Bombay plague: being a history of the progress of plague in the Bombay presidency from September 1896 to June 1899
Year: 1896
Disease focus: Plague
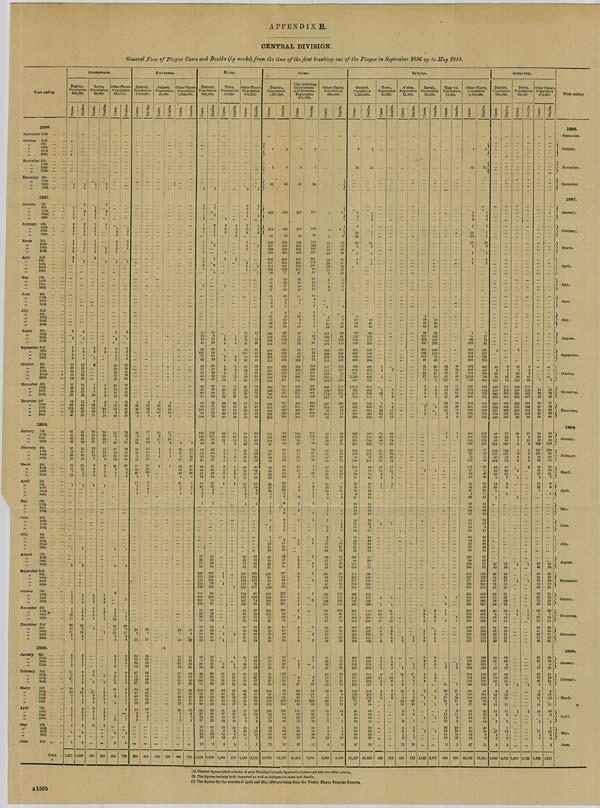
APPENDIX B.
CENTRAL DIVISION.
General View of Plague Cases and Deaths (by weeks) from the time of the first breaking out of the Plague in September 1896 up to May 1899.
Week ending
1896.
September 25th
October 2nd
"
9th
" 16th
"
23rd
"
30th
November 6th
"
13th
"
20th
"
27th
December 4th
"
11th
"
18th
"
25th
1897.
January 1st
" 8th
"
15th
"
22nd
" 29th
February 5th
"
12th
" 19th
"
26th
March 5th
"
12th
"
19th
"
26th
April 2nd
" 9th
" 16th
" 23rd
" 30th
May
7th
" 14th
" 21st " 28th
June
4th
"
11th
"
18th
" 25th
July
2nd
" 9th
"
16th
"
23rd
"
30th
Angus 6th
"
13th
"
20th
"
27th
September 3rd
"
10th
" 17th
" 24th
October 1st
"
8th
"
16th
"
22nd
"
29th
November 5th
" 12th
" 19th
"
26th
December 3rd
"
10th
"
17th
"
24th
"
31st
1898.
January 7th
"
28th
February 4th
March 4th
"
11th
"
18th
April
1st
"
8th
" 15th
May
6th
" 13th
"
20th
"
27th
June
3rd
"
10th
" 17th
"
24th
July 1st
"
8th
"
15th
"
22nd
" 29th
August 5th
"
12th
"
19th "26th
September 2nd
" 9th
" 16th
" 30th
October 7th
" 14 th
"
21st
"
28th
November 4th
"
11th
"
18th
"
25th
December 2nd
"
9th
"
16th
"
30th
1899.
January 6th
"
20th
"
27th
February 3rd
"
10th
"
17th
"
24th
March 3rd
"
10th
"
17th
"
24th
"
3lst
April
7th
"
14th
"
21st
"
28th
May
5th
June
2nd
Total
AHMEDNAGAR.
District.
Population
888,755.
Cases.
5
1
1
1
1
1
3 4
4
7
4
7 4
2
2
1
2
1
7
8
6
8
15
28 22
53
39
31
36
38
52
14
82
112 46 41
61
57 42
46
37 40
36 23
45 14
7
10
1
1
3
4
3 2
2
4
3
13
15
26 13
21
8 4
8
3
7
8
11
9
11
7
10
16 5
3
2
5 4
2 4
2
6
2
1, 355
1
2
1
2 1
3
2
3
6
3
3
2
1
2
2
1
5
6 4
4
12
18
18
28 30
28 18
23
29
19
54
90
38
36
45
55
41
38
34
30
33
21
35
13 5
7
2
1
3
2
4
3
1
3
6
6
22 9
18 8
4
2 2
5
7
9
8 5
5
9
10 4 4 2
3
3 3
2
2
5
2
1,036
Town.
Population 36,000.
5
1
1
1
1
1
3
3 1
1
1
1
2
1
2
4
3
1
2
1
5
5
10
7
12
34
16
21
30
42
37
21
10
21 15
7
4
6
3
3
1
3 2 2
3
2
2 1
1
2
3
5
11 3 3
1
2
4 1
2
2
401
1
2
1
2 1
3 1
1
1
1
3
3
1
3 3
8
6
8
29
12
18
20
39
36 17
11
18
13
8
2
7 2
3
2
2
2
3
1
2 1
1
1
5
3
1
6 3 3
1
1
3
2
1
2
330
Other Places.
Population
852,755.
1
3
6
3 6
2 1
1
2
1
3
5 6
7
13
28
53 39
30
31
33 42
7
70
78 3
20
31
15 5
25
27
19
21
16
41 8 4
7
1
3
1 1
11
14
26 12
21 8
4
8 3
7
8
9
6
11 2
10 5
2
1
1
2
6
2
954
1
3
6
3
3 1
1
2
1
2
3 4
4
12
18 18
28
30
27
15
20
21
13
46 61
26
18
25 16 5
21
23 12
20
13
33 6
3
4
1
3
2
1
5
5
22 9
17 8
4
2
2
5
7
9
3
5 2
8 4 1
1
1
2
1
1
5
2
706
KHA'NDESH.
District.
Population
1,460,851.
5
20
16
16
6
16 8
15
10
22 18
9
27
34
28
40
4
17 5
1 4
24
1
35
23
22
62
16
87
11 53
57
74 47
40
28
58
24
4
5
2
994
4
12 18 10
8
17
7
12 10
15
16
11
21
31
23
30 5
8 3
3 2
20 1
27
15
21
44
23
66 14
49
39
56 43
35
25
29
13 9 5
1
801
Jalgaon.
Population
16,000.
5
20
16
16
6
16 8
1
1 1
1
113
4
12 18
10
17
7
12
8
1
1
1
1
100
Other Places.
Population 1,444,851.
3
21
17 8
27
33
28 40
4
17
1
4
24 1
35
23
22
62
16
11
53
57
74
47 40
28
58
24 4 5
2
881
2
14
15
10
21
30
23 30
5
8
20 1
15
21
44
23
14
49
39
56 43
25 29
13 9 5
1
701
District.
Population 843,582.
3
2
8
1
1
2
4
9
7
1 1
1
1
1 2
3 1
1
15
13
45
80
107
77
69
42
40
46
42
96
57
60
100
94
104
127
130
93
56
50
54
39
48
66
80
58
20
15
3
3 1
1
27
23
91
107
175
114
148
102
41 88
30
32
33
54
39
15 9
30
53
52
100 74
103 81
87 69
68
31 24
27
20
34
24 19
10
5,159
3
1
7
2
4 5
7 1
2
1
2
1
12 8
11
30
66
94
64
49
38 42 36
42
28
42
26
58
60
39
51
71 74
74
105
113
75
53
36 44
35
42
47
64
50
16
17
4 2
1
10 16
71
103
118
124
79
112
91
38 26
25
34
21
34
44 41
34
19
10 27
41
38 79
66
86 72
65
53
59
31 21
23
16 21
23 14
9
3,968
Town.
Population
24,429.
2
2
6
3
1
1
1
2
4
4
12
12
20
33
40
43 45
49
32 18
7
5
5
4
4
3 6
8
3
1
1 1
1
1
4
1
4
14
10
22
38
34
38
40
53
54
51
17
24
10
8
13
14
9
1,020
2
3
3
1
1
4
3
11
10
10
37
34
34
45
32
9
3
3
4
1
5
3
2
1
1
4
9
12
31
27
37
17
20
10
6 9
13
8
810
Other Places
Population
819,153.
3
2 8
1 1
2
4
1
1
1
2
3 1
41
65
26
28
24
59
78
98
49
45
49
35
44
50
17
3
3
1
27
91
106
176 113
148
102
41
32
50
38
15
26
39
78
36
69
15
17
14
3
10
26 11
5
1
4,139
3
1
2
2
2
4
2
2
1
12
26
94
46
36
17
32
16 33
23
40
40
60
81 63
44
33
39
32
38
46
59 47
14
16
4 2
10
16
71
103
118
124
79
111
91
38 26
25
34
21
40 41
34
18
10
23
32
27
67
35
59
24
16
13
14
3
6
15 14
1
1
3, 158
District.
Population
1,067,800.
1
41
220
174
91
169
257
339
370
322
307
214
133 96
45
24
17
11
4
4 4
4
3
47
166
292
291
248
253
350
439
454
652
642
624 496
282
207
153
97
68
67
36
32
30
26
6
7
2
3
2
6
13
11
26
31
51
55
46
110
177
138
57
20
42
18
39
42
27
60
105
112
89
79
54
70
92
75
16,978
6
34
169
142
73
135
207
212 235
218
201
161 106
77
36
22
17
12
10
4
3
3
6
13
33
95
114
161
159
175
193
232
481
643
511
587
520
517
465
429 328 236
160
142
124
80
47
57
52
28
22
28 38
23
10 16
19 4
3
6
2 6
6
2
1
3
10
18
47
39
50
97
72
49
36
79
115
131
109 90
62 56
51 19
16
33 38
15
16
30
31
13 20
43
70 59
213 102
105 67
63
51
62 49
79
57
12, 867
City including
Cantonment
and Suburbs.
Population 161,390.
6
41
217
170
85
146
233
311
346
299
281 195
124
87
39 20
20
13
11
4
3
19
13
22
100
510
650
524
611
525
408
285 190
148
116 98
69
52
51 35
17
10 11
4
6
7
8
3
2
1
1
1
3
3
2
1
2
3
1
1
1
4 9
37
79
99
111 83
72
51 80
64
80
67
10,638
6
34
167
136
67
113
184 192
217
197 176 148 95
67
31 20 14
10
10
4 1
1
3
3 5 4
5
7
12 9
12
12 15
41 74
110
143 191
281
365
460
393
436
433
394
383
350
250
167
114
114
77
56
32 41
25 16
7 6
10
3
5
5 1
1
1
1
1
1
1
2
2
2
2
2
1 1
1
2 6
30
54 53
195 89
91 63
58
50 59
46 69
51
8,064
Other Places.
Population 906,410.
3
4
6
23
28
24
23
19 11 9
6
4
4
5
34
270
153
105
142
169
117
92
59 37
28
16 16
34
19
19
28
15
18
4
3
1
7
3
2
5
12
11
30
48
53
45
109
18
39
18 18
38
41
18
23
26
13
6
7
3
3 6
12
8
6,340
2
6
6
22
23
20
18
21
13
11
10
5
2
2
2
3
28
88
149
144
119
132
116
183
118 151
87
79
78
69
46 28
47
24
15
16
27
12
15
28
21
7
14 3
2
2
5
1
3
17
49
95 72
47
36
79
131
109 90
62
56
49
14
33
36
14
15
30 30
14
13
16
18
13
14 4
5
1
3
3
10
6
4,803
SA'TA'RA.
District.
Population
1,225,989.
4
1
4
2
12
14
13 1
1
5
1
23
62
96
152 274
376
436
385
499
639
860
1,076
835
978
757
340
320
296
243
275
233 211
114
124 99
110
134 83
74
65
26
45 8
21
19
22
16
44
37
57
103
106
172
217
259
374
450
903
384
264
209
264
276
239
169
168
142
77
57
50
49
30
79
68 29
33
47
25,337
4
1
4
1
7
7
11
1
5
1
l4
43
66
283
317
229
364
497
722
8 74
680 823
747
334
238 265
188
229
192
196
117 101 83
107
96
70 56
42
25
40 12
15
14
19
11
40 36
43
53
71
70
126
155
200
258
368
712
326
209
162
206 166
213
202
119 157
120
67
58
42
49
24
62
61 23
23
30
20,220
Town.
Population 26,750.
1
5
12
7
7
22
66
87
78
93 89 79
31 30
25
21
17
15
8
3
1
1
14
13
9
4
5
3
5
4
6
7
2
859
2
3 5
9
17 37
79
69
76
74
68
30
29
28
18
11
15 7
3
2
1
11
12
7
5
5 1
4
5
12 6
4
3
713
A' shta.
Population
11,403.
2
2
4
5
9
11
21
12
8 6
2
3
5 1
3
12
135
1
1
1
1
15
8
3
7
9 7
2
12
10
7
9
1
2
3 1
2
10
112
Kara'd.
Population
13,209.
5
26
30
62
95
117 208
247
230
142 101
60
41 19
22 17
7
6
4 5
4
7
1
1
1
2
2
2
7
4
6
8 2
3
7
2
2
3
1
1
1
1
1, 521
14
43
65
102
149
192
186 112
79
46
30 12
10
7
5
3 2
7
5
1
1
2 2
2
2
2
6 4
5
6 2
2
5
2
1
2
1
1
1
1, 161
Tasgaon.
Population
11, 261.
35 27 35
51
110
75
53
41
47
23
18 11
5
2
1
1
1
3
1 1
1
1
2
11
19 6
20
21
7
7
12
11
13
26
29 15
15
8
764
26
19
31
48 83
71
30
27
30
22
20 15
6
3
1
1
1
2
4
1
2
7
17 5
19
17 8
3
11 8
9
20
22
14
12
5
620
Other Places.
Population
1,164,366.
4
1
3
4
2
12
14
13 1
1
5
1
1
35
66
129
206 243
304
439
562
583
868
1,059
743
995
773 920
699
613
465
306 248
207
164
181
144
132
110 94
74
119
117 67
66 62
25
45
45
8
21
19
50 33
22
14
10 14
16
103 99
124
106
172 207
217 259
374
434
608
446
886 509
398
368
360 294
248 211
197
251
186 267
222
116 156
141
107 145
100
35
37
35
31 34
16
50
33
13
15
27
22,058
4
21
1 3
4
1
7
7
11
3
1
5 1
1
17
24
91
131 117 221
318
441 440 568
784
632
798
644 789
701
482
359
302 194
183
118
152
118
128
87 72
55
89
85
54
49
39
23 26
40 12
15
14
39
30
19
13
12 8
11
71
93
70
126
133 155
200
258
453
470
367
699
433 358
308
272 232
196 172
151
195
163
205
189
116
109
139
89
105
108 38
39
32 29
14
40 35
8 9
15
17, 614
District.
Population 750,689.
1
13
50
117
146
156
244
382
522
532
325
176
146
82
59
57
234
158
118 82
104
56 42
16 9
13
1
1
49
35 31
27
12 33
32
52
36
40 6
29
13
34 41
43
19
49
69
21 7
13
19 20
7
9
19
1
19
11
1
2
17 4
2
2
4,880
9 4 8
45
117
205
315
394
468
269
191 126
75
59 56
164
132
107 53
79
47 33
15
7
9
1
42
36
25
31
17
13
31
21 35
33
30 8
19
14
23 38
37 13
41
38
32 6
10
19 15 8
4
18
12
11
11
3
1
1
14
6
3
3
4,013
Town.
Population 62,329.
1
13 6
26
50
116
146 143 221
363
502 501
300
134
53
26
9 7
5
1 9
2
6
2
1
1
1
1
2
1
1
2,651
9 4
45
90
117
118 182
297
377
436
246 149
36
27
9
11
8
2 8
4
4
2
1
1 1
1
1
1
2,196
Other Places
Population
688,360.
1
13
23
19
20
31 25
42
93
56
50
50
229
157 104 80
98
56
40
16
8
13 23
1
46
49
35
31
26
12
33
32
52 79
36
38 5
29
13
34 41
43 19
49
59
21 7
13
37
19 20
6
9
19
1
19
10 1
2
17 4
2
2,229
1
10
23
18
17
32
23 42 90
48
50
45
156
180
99 49
75
45
33
15
7
9
6
1
41
36
25
31
16
13
31
21
35 53
33
29 7
18
14
23 38
37 13
41
38 32
6
10
25
19 15
7
4
18
12
11
10 3
1
1
14
6
3
3
1, 817
Week ending
1896.
September.
October.
November.
December.
1897.
January.
February.
March.
April.
May.
June.
July.
August.
September.
October.
November.
December.
1898.
January.
February
March
April
May
June
July
August.
September.
October
November.
December.
1899.
January.
February.
March.
April.
May.
June.
(1) District figures (first column of each District) include figures for towns and also for other places.
(2) The figures include both imported as well as indigenous cases and deaths.
(3) The figures for the months of April and May 1899 are taken from the Weekly Plague Progress Reports.
B 1565